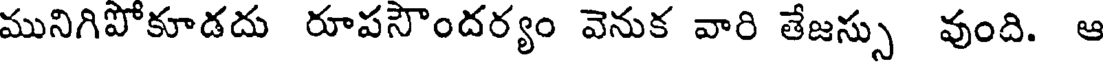
మునిగిపోకూడదు రూపసౌందర్యం వెనుక వారి తేజస్సు వుంది. ఆ